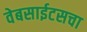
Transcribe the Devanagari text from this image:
वेबसाईटसचा